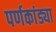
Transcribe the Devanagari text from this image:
पर्णकांड्या